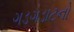
ગડગડાટનો